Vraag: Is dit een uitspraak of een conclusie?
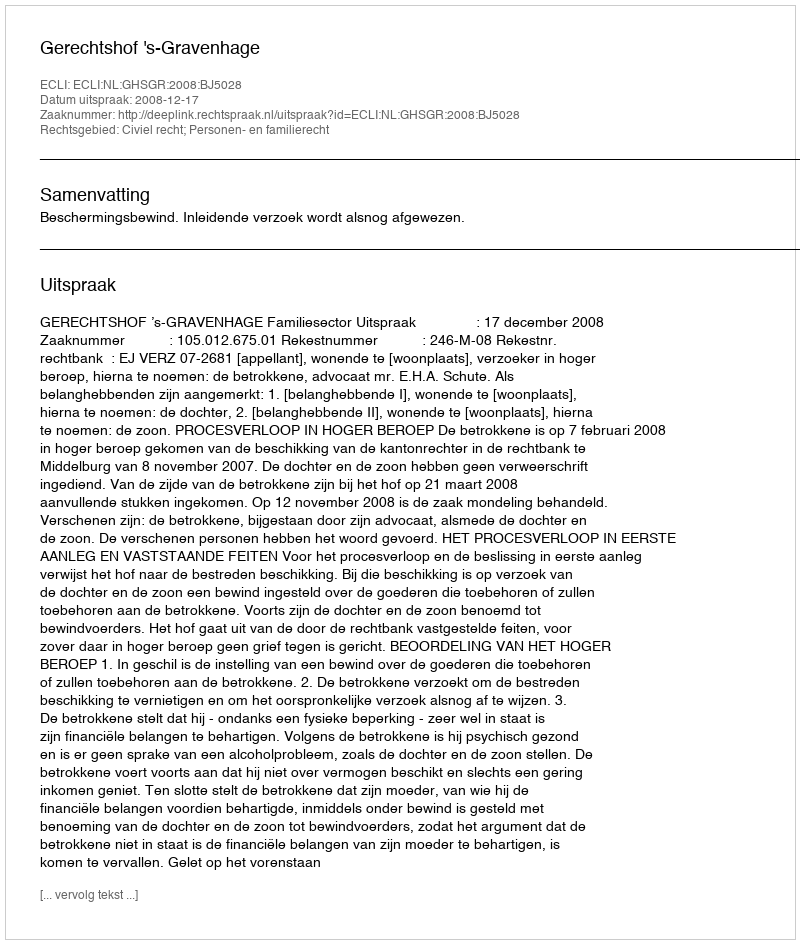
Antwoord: Uitspraak